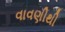
વાવણીથી